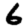
Digit: 6